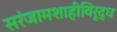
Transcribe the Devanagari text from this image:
सरंजामशाहीविरूद्ध